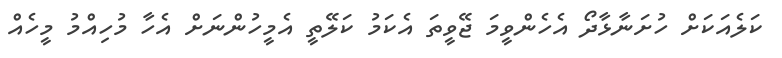
ކަލެއަކަށް ހުށަނާޅާދޯ އެހެންވީމަ ޖޭވީތަ އެކަމު ކަލޭތީ އެމީހުންނަށް އެހާ މުހިއްމު މީހެއް